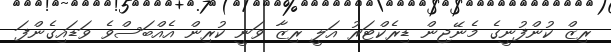
ރިޒް ކުންފުނީގެ މެނޭޖިން ޑިރެކްޓަރު އަލީ ރިޒާ ވަނީ ކުރިން އެއްބަސްވެ ވަޑައިިގެންފަ